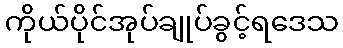
ကိုယ်ပိုင်အုပ်ချုပ်ခွင့်ရဒေသ